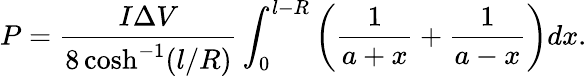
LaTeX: P=\frac{I\Delta V}{8\cosh^{-1}(l/R)}\int_{0}^{l-R}\left(\frac{1}{a+x}+\frac{1}{a-x}\right)dx.